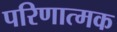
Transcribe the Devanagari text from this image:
परिणात्मक